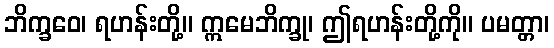
ဘိက္ခဝေ၊ ရဟန်းတို့။ ဣမေဘိက္ခု၊ ဤရဟန်းတို့ကို။ ပမတ္တာ၊